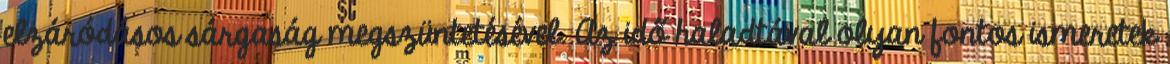
elzáródásos sárgaság megszüntetésével. Az idő haladtával olyan fontos ismeretek